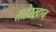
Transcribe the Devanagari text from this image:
ताहेरखान